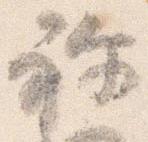
祢